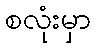
စလုံးမှာ